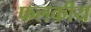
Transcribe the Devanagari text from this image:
फलकीय